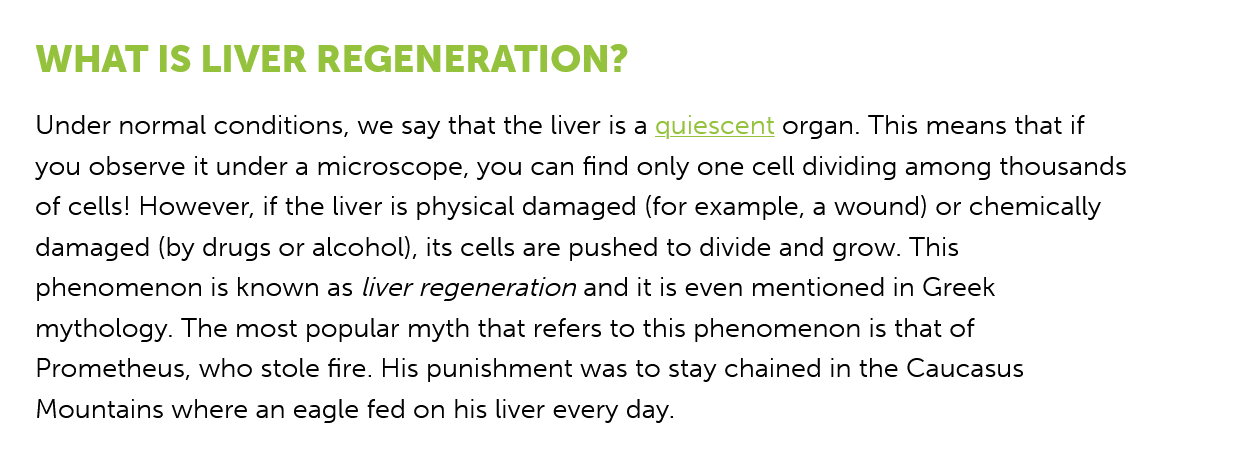
Under normal conditions, we say that the liver is a quiescent organ. This means that if
   you observe it under a microscope, you can find only one cell dividing among thousands
   of cells! However, if the liver is physical damaged (for example, a wound) or chemically
   damaged (by drugs or alcohol), its cells are pushed to divide and grow. This
   phenomenon is known as liver regeneration and it is even mentioned in Greek
   mythology. The most popular myth that refers to this phenomenon is that of
   Prometheus, who stole fire. His punishment was to stay chained in the Caucasus
   Mountains where an eagle fed on his liver every day.
   WHAT  IS    LIVER   REGENERATION?